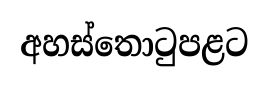
අහස්තොටුපළට